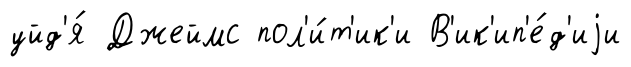
уйд'я́ Джеймс пол'и́т'ик'и В'ик'ип'е́д'иjи